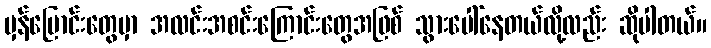
မှန်ပြောင်းတွေမှာ အလင်းအစင်းကြောင်းတွေအဖြစ် သွားပေါ်နေတယ်လို့လည်း ဆိုပါတယ်။